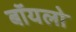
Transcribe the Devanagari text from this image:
बॉयलो